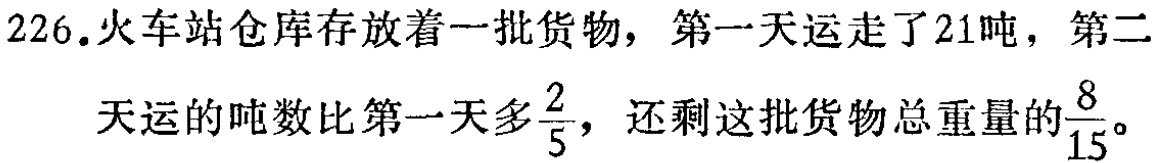
226.火车站仓库存放着一批货物，第一天运走了21吨，第二天运的吨数比第一天多$\frac{2}{5}$，还剩这批货物总重量的$\frac{8}{15}$。